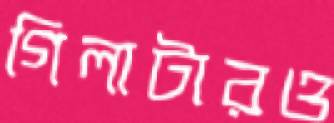
গিলাটারও